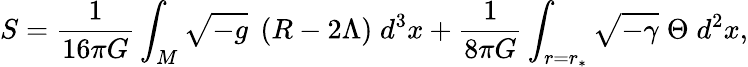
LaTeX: S=\frac{1}{16\pi G}\int_{M}\sqrt{-g}\; \left(R-2\Lambda\right)\; d^{3}x+\frac{1}{8\pi G}\int_{r=r_{\ast}}\sqrt{-\gamma}\; \Theta\; d^{2}x,